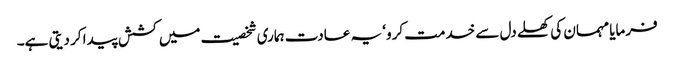
فرمایا مہمان کی کھلے دل سے خدمت کرو‘ یہ عادت ہماری شخصیت میں کشش پیدا کر دیتی ہے۔